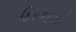
ફિરકાઓ